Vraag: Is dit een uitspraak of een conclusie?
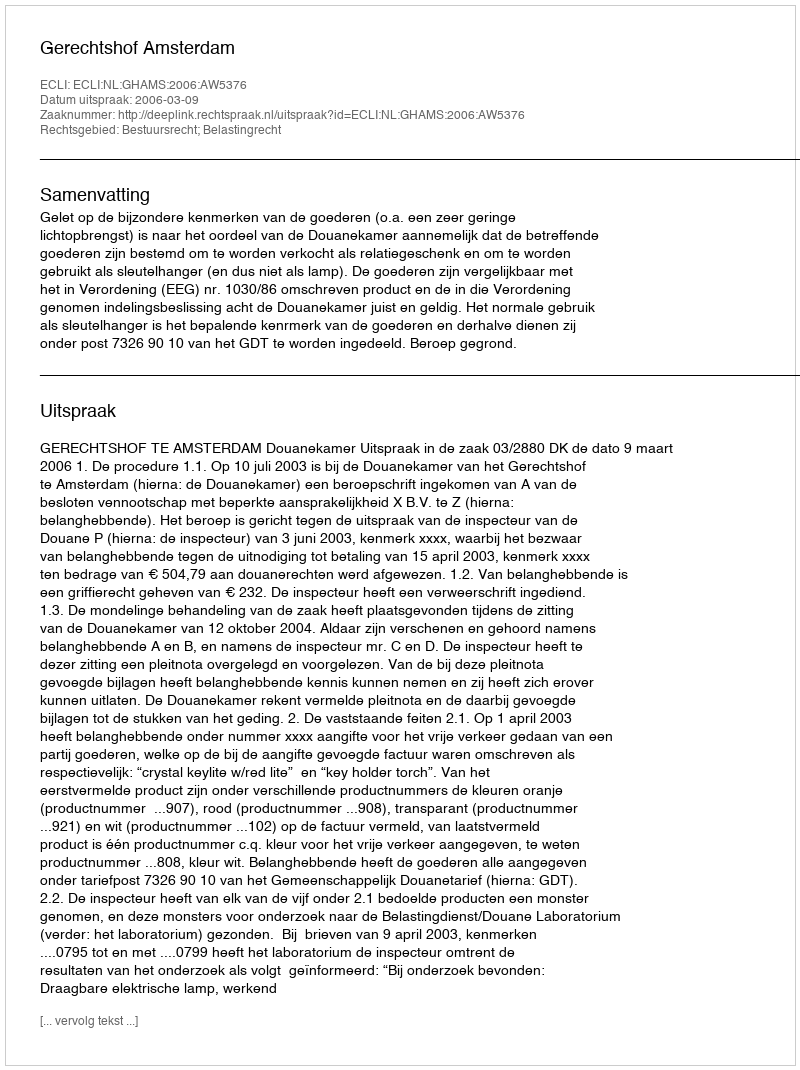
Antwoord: Uitspraak